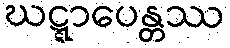
ဃဋ္ဋာပေန္တဿ